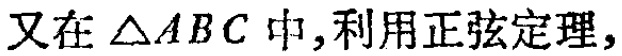
又在\(\triangle ABC\)中,利用正弦定理,